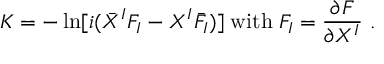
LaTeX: K = - \ln [ i ( \bar { X } ^ { I } F _ { I } - X ^ { I } { \bar { F } } _ { I } ) ] \; \mathrm { w i t h } \; F _ { I } = \frac { \partial F } { \partial X ^ { I } } \ .